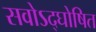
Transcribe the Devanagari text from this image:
सवोऽद्घोषित